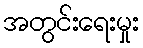
အတွင်းရေးမှုး